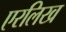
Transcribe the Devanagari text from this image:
एरलिख